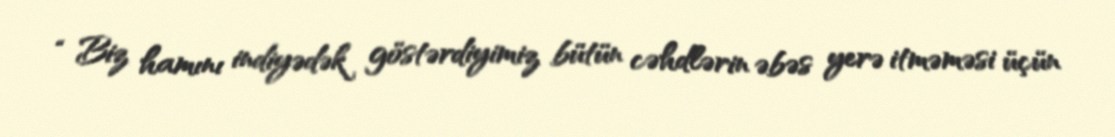
“ Biz hamını indiyədək göstərdiyimiz bütün cəhdlərin əbəs yerə itməməsi üçün